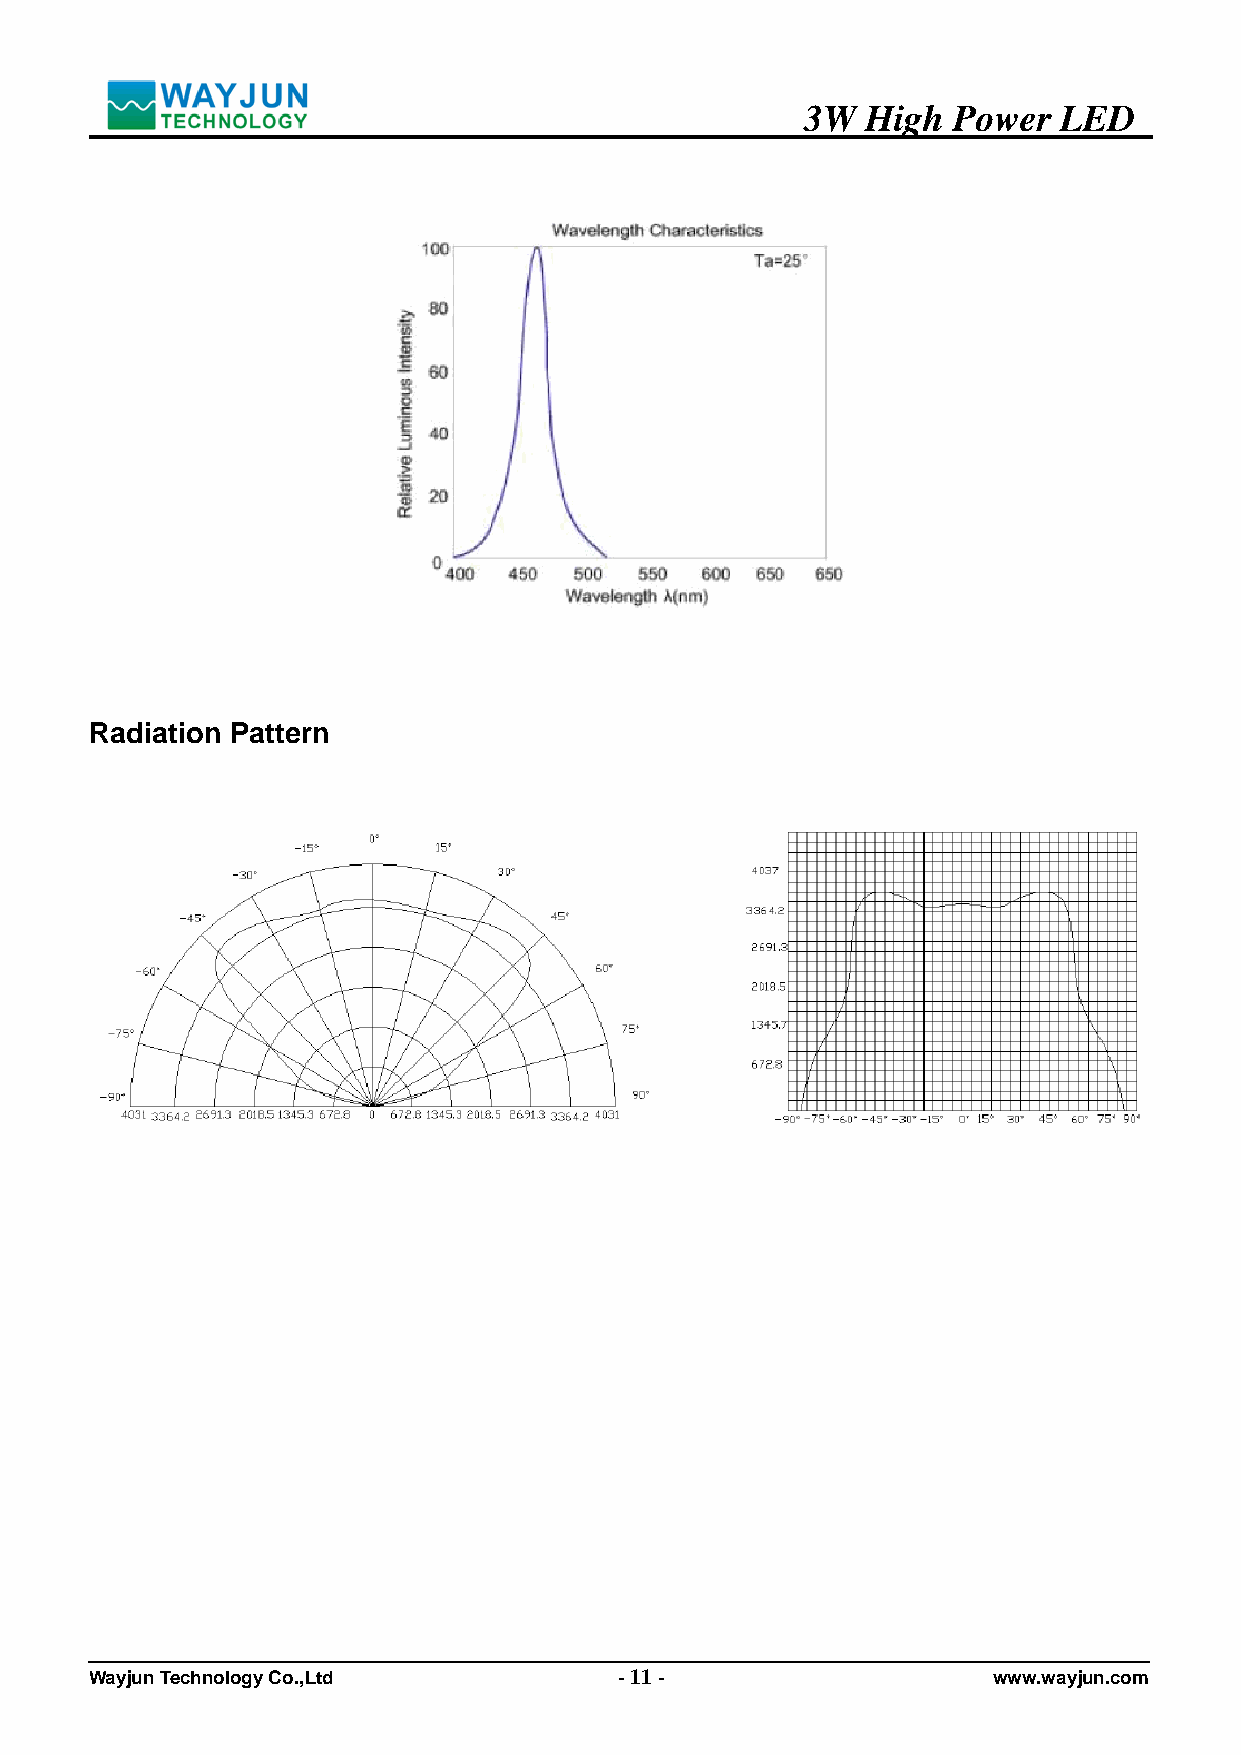
3W  High  Power  LED
 Radiation Pattern
 Wayjun Technology Co.,Ltd          - 11 -                   www.wayjun.com